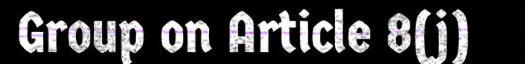
Group on Article 8(j)